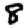
Digit: 8